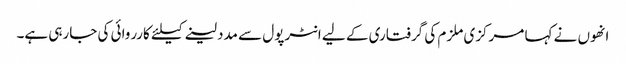
انھوں نے کہا مرکزی ملزم کی گرفتاری کے لیے انٹرپول سے مدد لینے کیلئے کارروائی کی جارہی ہے۔